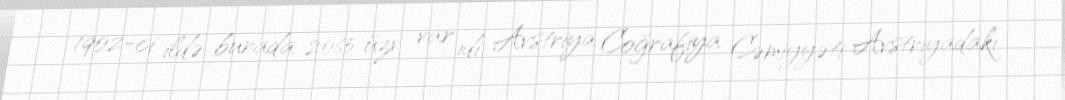
1902-ci ildə burada 2065 üzv var idi. Avstriya Coğrafiya Cəmiyyəti Avstriyadakı